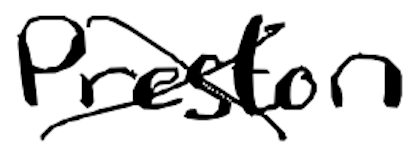
Text: Preston
Cross-out: cross
Writing tool: digital_black